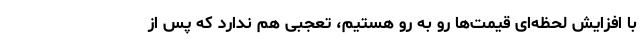
با افزایش لحظه‌ای قیمت‌ها رو به رو هستیم، تعجبی هم ندارد که پس از